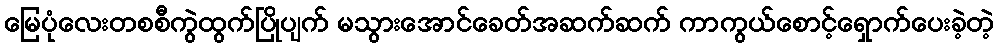
မြေပုံလေးတစစီကွဲထွက်ပြိုပျက် မသွားအောင်ခေတ်အဆက်ဆက် ကာကွယ်စောင့်ရှောက်ပေးခဲ့တဲ့